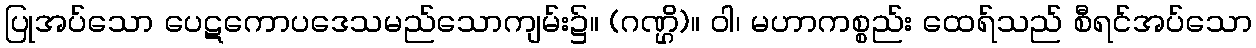
ပြုအပ်သော ပေဋကောပဒေသမည်သောကျမ်း၌။ (ဂဏ္ဌိ)။ ဝါ၊ မဟာကစ္စည်း ထေရ်သည် စီရင်အပ်သော